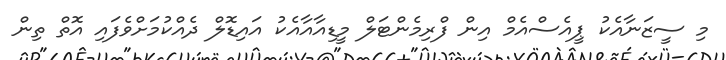
މި ސީޒަނާއެކު ޕީއެސްއެމް އިން ފްރިމެންޓަލް މީޑިއާއާއެކު އައިޑޮލް ދެއްކުމަށްވެފައި އޮތް ތިން